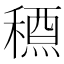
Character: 𥡱